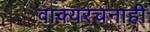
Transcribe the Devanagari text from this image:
वाक्यरचनाही